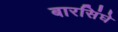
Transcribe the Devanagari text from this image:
बारसिंघे